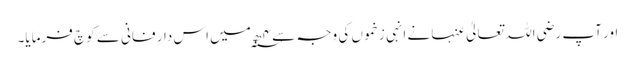
اور آپ رضی اللہ تعالیٰ عنہا نے انہی زخموں کی وجہ سے ۴ ھ؁ میں اس دارِ فانی سے کوچ فرمایا۔